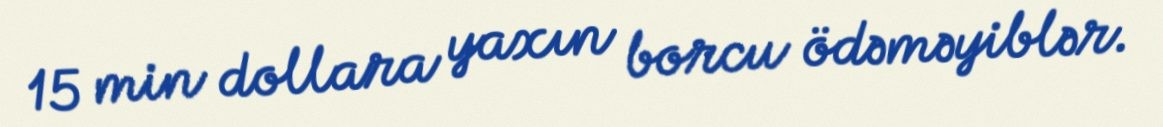
15 min dollara yaxın borcu ödəməyiblər.